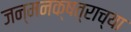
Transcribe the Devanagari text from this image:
जन्मनक्षत्राच्या